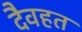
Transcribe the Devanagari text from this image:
दैवहत